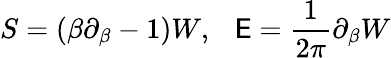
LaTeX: S=(\beta\partial_{\beta}-1)W,~~~\mathsf{E}={\frac{{1}}{{2\pi}}}\partial_{\beta}W